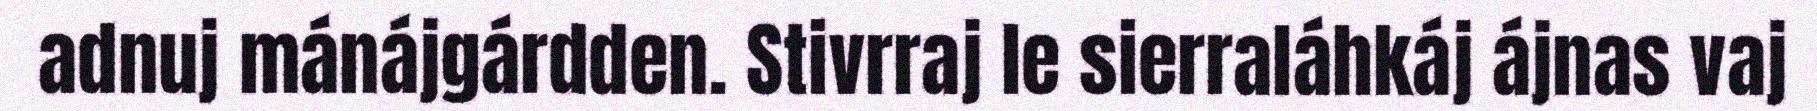
adnuj mánájgárdden. Stivrraj le sierraláhkáj ájnas vaj